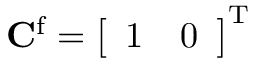
\mathbf { C } ^ { \mathrm { f } } = \left[ \begin{array} { l l } { 1 } & { 0 } \end{array} \right] ^ { \mathrm { T } }